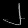
Digit: ၂